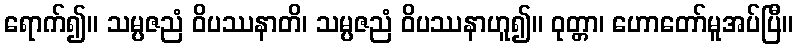
ရောက်၍။ သမ္ပဇညံ ဝိပဿနာတိ၊ သမ္ပဇညံ ဝိပဿနာဟူ၍။ ဝုတ္တာ၊ ဟောတော်မူအပ်ပြီ။